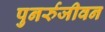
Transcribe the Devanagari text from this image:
पुनर्रुजीवन